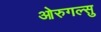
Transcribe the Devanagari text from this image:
ओरुगल्सु